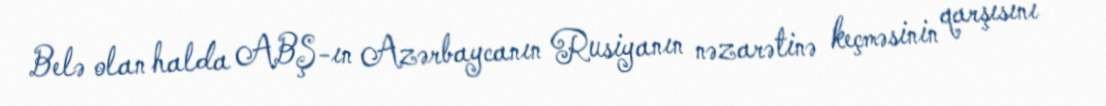
Belə olan halda ABŞ-ın Azərbaycanın Rusiyanın nəzarətinə keçməsinin qarşısını